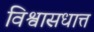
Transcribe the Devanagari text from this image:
विश्वासधात्त